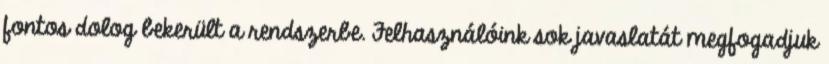
fontos dolog bekerült a rendszerbe. Felhasználóink sok javaslatát megfogadjuk